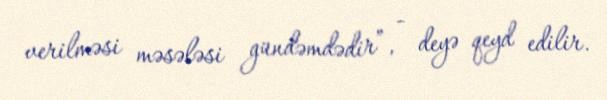
verilməsi məsələsi gündəmdədir”, - deyə qeyd edilir.